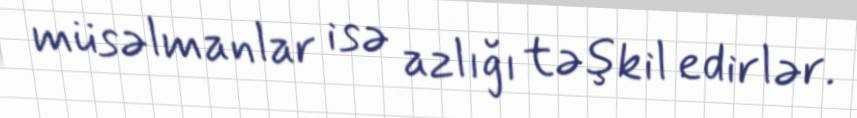
müsəlmanlar isə azlığı təşkil edirlər.